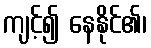
ကျင့်၍ နေနိုင်၏၊